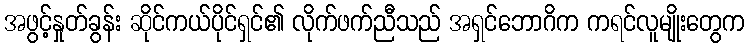
အဖွင့်နှုတ်ခွန်း ဆိုင်ကယ်ပိုင်ရှင်၏ လိုက်ဖက်ညီသည် အရှင်ဘောဂိက ကရင်လူမျိုးတွေက